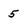
Character: 5